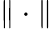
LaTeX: \parallel\cdot\parallel